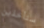
ستأخذين